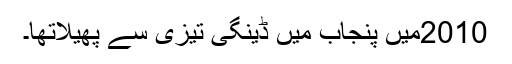
2010میں پنجاب میں ڈینگی تیزی سے پھیلاتھا۔